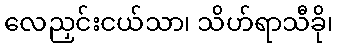
လေညှင်းငယ်သာ၊ သိဟ်ရာသီခို၊